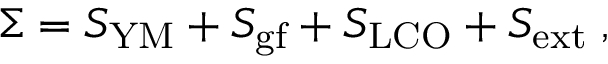
\Sigma = S _ { \mathrm { Y M } } + S _ { \mathrm { g f } } + S _ { \mathrm { L C O } } + S _ { \mathrm { e x t } } \; ,